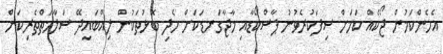
އެހެންކަމުން ޖޯކެއް ކަމަށް ސިފަކުރެވުނު ޕާސްކޯޑާއި މާޖާގަނޑަކަށް ހެދި ބޮޅުތަކުން ލިއްބައިދޭ ސަލާމަތްތެރިކަން